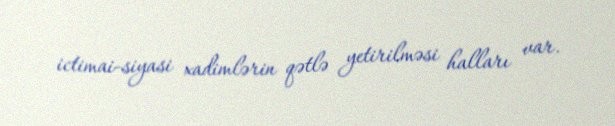
ictimai-siyasi xadimlərin qətlə yetirilməsi halları var.